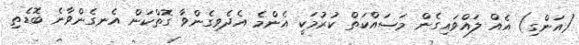
(އަންގި) އެއް ލައްވައިގެން މަސައްކަތް ކުރުމަކީ އެންމެ އެދެވިގެންވާ ގޮތްކަން އެނގެންވާނެ ބޮޑެތި